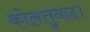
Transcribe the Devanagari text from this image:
कोलत्तुनाड।